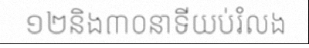
១២និង៣០នាទីយប់រំលង